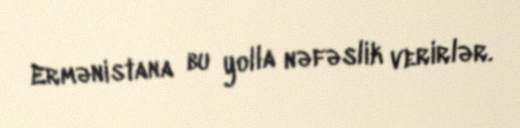
Ermənistana bu yolla nəfəslik verirlər.